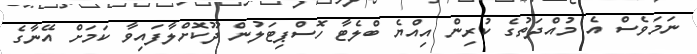
ނަމަވެސް އެ މުއްދަތުގެ ކުރިން އިއްޔެ ބްލެޓާ ހޮސްޕިޓަލުން ދޫކޮށްލާފައިވާ ކަމަށް އޭނާގެ